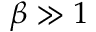
\beta \gg 1